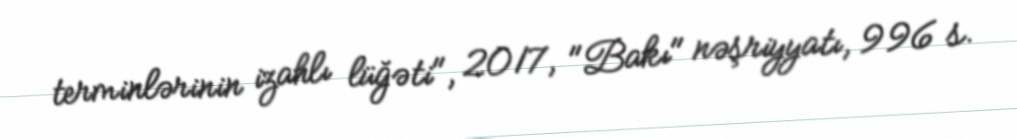
terminlərinin izahlı lüğəti", 2017, "Bakı" nəşriyyatı, 996 s.